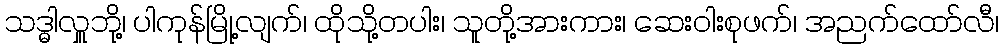
သဒ္ဓါလှူဘို့၊ ပါကုန်မြို့လျက်၊ ထိုသို့တပါး၊ သူတို့အားကား၊ ဆေးဝါးစုဖက်၊ အညက်ထော်လီ၊